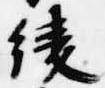
綾